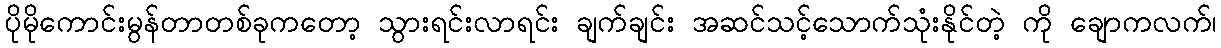
ပိုမိုကောင်းမွန်တာတစ်ခုကတော့ သွားရင်းလာရင်း ချက်ချင်း အဆင်သင့်သောက်သုံးနိုင်တဲ့ ကို ချောကလက်၊